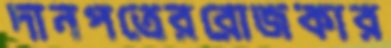
দানপত্রেররোজকার